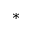
\ast